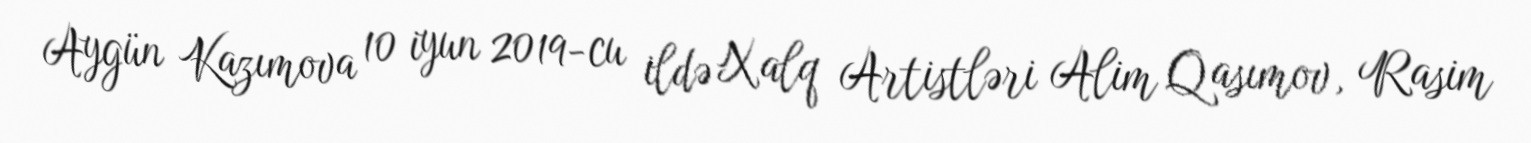
Aygün Kazımova 10 iyun 2019-cu ildə Xalq Artistləri Alim Qasımov, Rasim